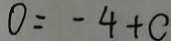
0 = - 4 + c